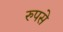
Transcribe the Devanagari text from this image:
रुपसे